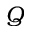
Q